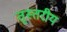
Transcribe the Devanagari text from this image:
तृस्तरीय